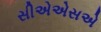
સીએએસએ